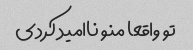
تو واقعا منو ناامید کردی